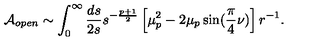
{ \cal A } _ { o p e n } \sim \int _ { 0 } ^ { \infty } { \frac { d s } { 2 s } } s ^ { - { \frac { p + 1 } { 2 } } } \left[ \mu _ { p } ^ { 2 } - 2 \mu _ { p } \sin ( { \frac { \pi } { 4 } } \nu ) \right] r ^ { - 1 } .